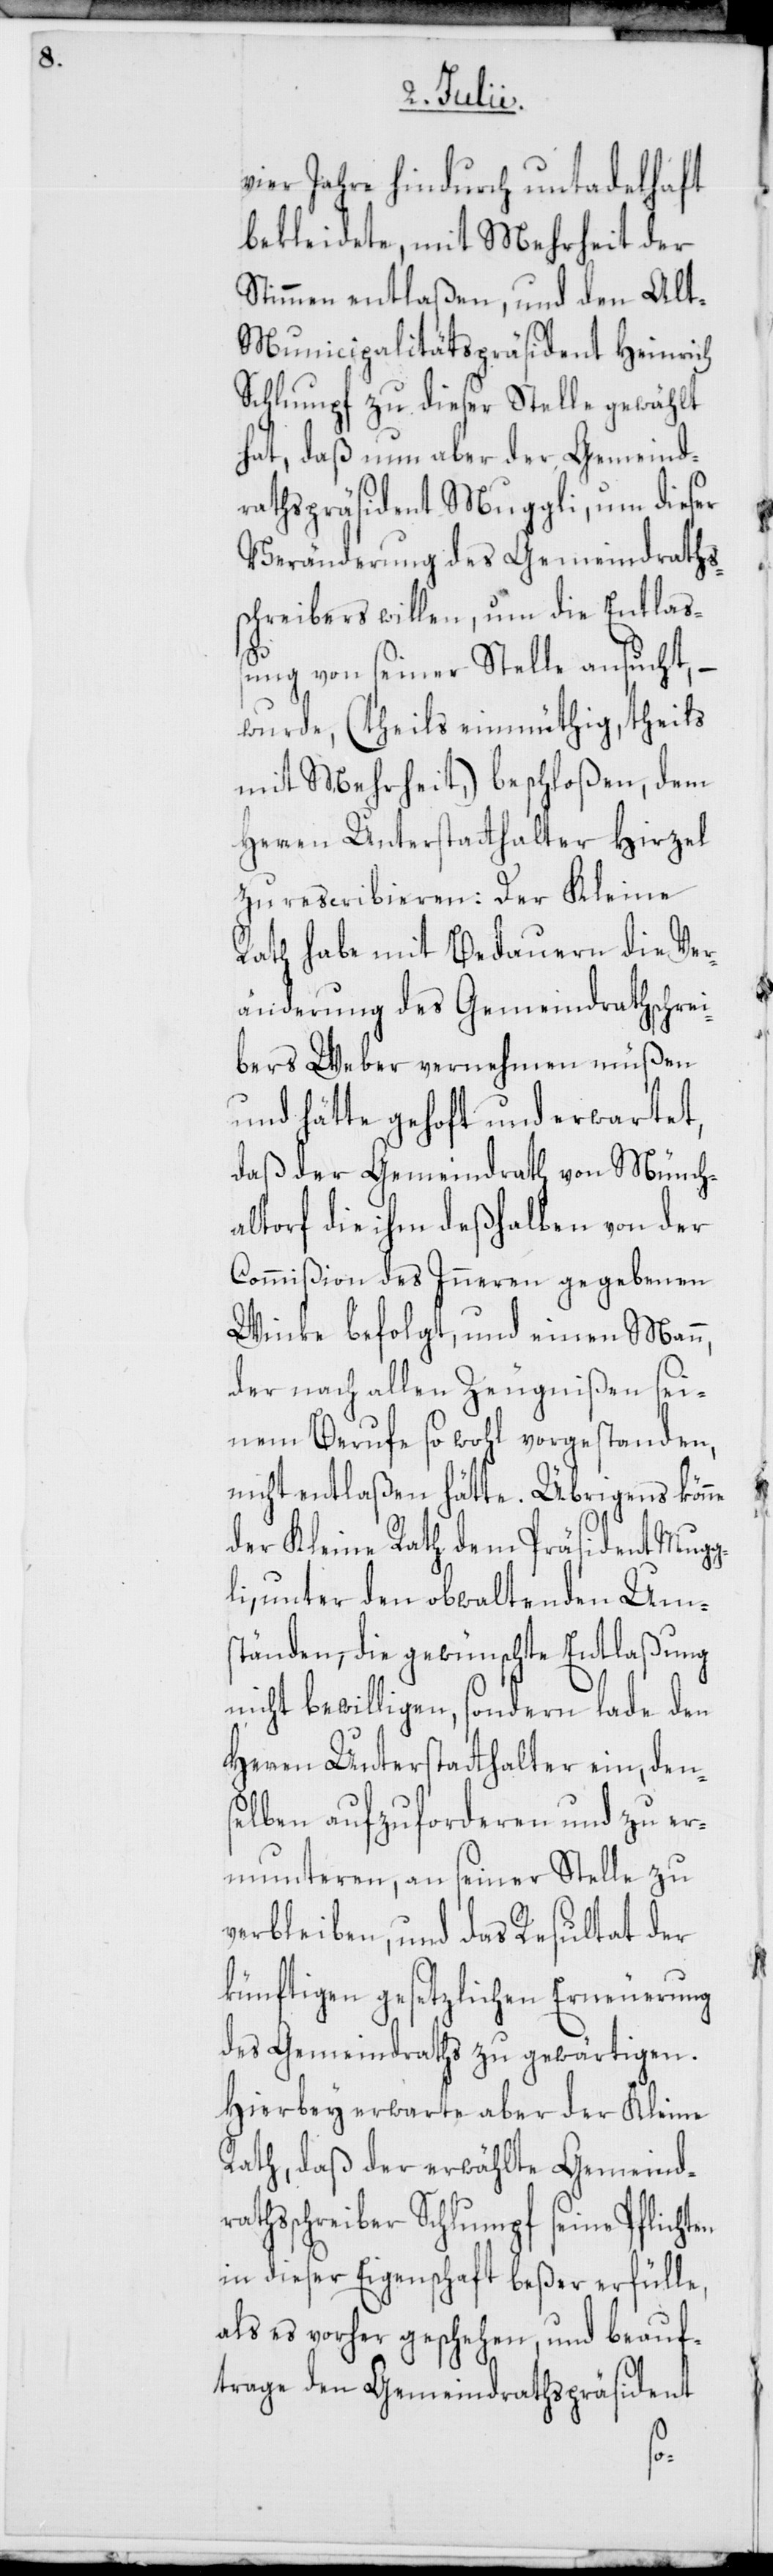
vier Jahre hindurch untadelhaft
bekleidete, mit Mehrheit der
Stimmen entlaßen, und den Al¬
t-Municipalitätspräsident Heinrich
Schlumpf zu dieser Stelle gewählt
hat, daß nun aber der Gemeind¬
rathspräsident Muggli, um dieser
Veränderung des Gemeindraths¬
schreibers willen, um die Entlaß¬
ung von seiner Stelle ansucht, –
wurde, (theils einmüthig, theils
mit Mehrheit,) beschloßen, dem
Herren Unterstatthalter Hirzel
Rath habe mit Bedauern die Ver¬
änderung des Gemeindrathschrei¬
bers Weber vernehmen müßen
und hätte gehofft und erwartet,
daß der Gemeindrath von Münch¬
[sic!] die ihm deßhalben von der
Commißion des Inneren gegebenen
Winke befolgt, und einen Mann,
der nach allen Zeugnißen sei¬
nem Berufe so wohl vorgestanden,
nicht entlaßen hätte. Übrigens kön¬
der Kleine Rath dem Präsident Mugg¬
li, unter den obwaltenden Um¬
ständen, die gewünschte Entlaßung
nicht bewilligen, sondern lade den
Herren Unterstatthalter ein, den¬
selben aufzuforderen und zu er¬
munteren, an seiner Stelle zu
verbleiben, und das Resultat der
künftigen gesetzlichen Erneuerung
des Gemeindraths zu gewärtigen.
Hierbey erwarte aber der Kleine
Rath, daß der erwählte Gemeind¬
rathsschreiber Schlumpf seine Pflicht¬
in dieser Eigenschaft beßer erfülle,
als es vorher geschehen, und beauf¬
trage den Gemeindrathspräsident
en